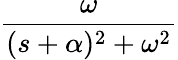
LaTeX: \frac{\omega}{(s+\alpha)^{2}+\omega^{2}}